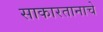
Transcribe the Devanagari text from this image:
साकारतानाचे